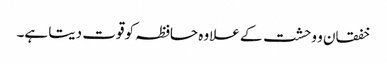
خفقان و وحشت کے علاوہ حافظہ کو قوت دیتا ہے۔